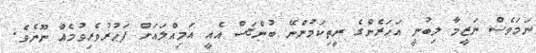
ނަމަވެސް ނަޒީމާ ލިބުނީ އަހަރެންގެ ރީތިކަމުންނޭ ބުންޏަސް އެއީ އަމިއްލައަށް ފަޙުރުވެރިވުމެއް ނޫނެވެ.